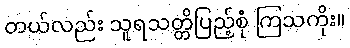
တယ်လည်း သူရသတ္တိပြည့်စုံ ကြသကိုး။